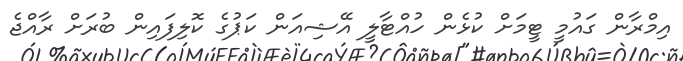
އިމްރާން ގައުމީ ޓީމަށް ކުޅެން ހުއްޓާލީ އޭޝިއަން ކަޕުގެ ކޮލިފައިން ބުރަށް ރާއްޖެ